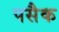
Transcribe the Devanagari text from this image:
पसैक